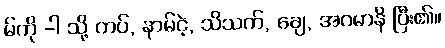
မ်ကို -ါ သို့ ကပ်, နာမ်ငဲ့, သိသက်, ချေ, အဂမာနိ ပြီး၏။